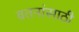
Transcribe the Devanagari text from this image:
वतनांसाठी